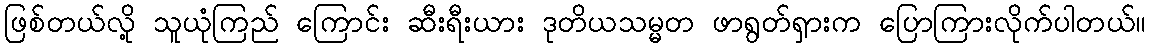
ဖြစ်တယ်လို့ သူယုံကြည် ကြောင်း ဆီးရီးယား ဒုတိယသမ္မတ ဖာရွတ်ရှားက ပြောကြားလိုက်ပါတယ်။